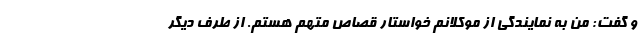
و گفت: من به نمایندگی از موکلانم خواستار قصاص متهم هستم. از طرف دیگر